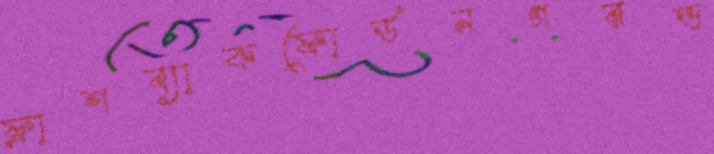
ফ্লাশব্যাকফোর্ডনগরভ